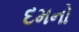
દમનો